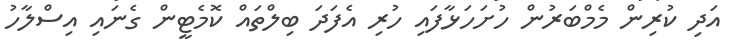
އަދި ކުރިން މެމްބަރުން ހުށަހަޅާފައި ހުރި އެފަދަ ބިލްތައް ކޮމެޓީން ގެނައި އިސްލާހު